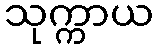
သုက္ကာယ